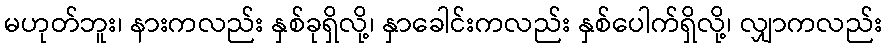
မဟုတ်ဘူး၊ နားကလည်း နှစ်ခုရှိလို့၊ နှာခေါင်းကလည်း နှစ်ပေါက်ရှိလို့၊ လျှာကလည်း